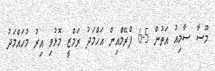
މޫސާ ސާމިއު އަތުން 5-6 ފްރޭމްއިން އަހްމަދު ރަމްޒީ މޮޅުވި އިރު މުހައްމަދު